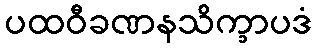
ပထဝီခဏနသိက္ခာပဒံ